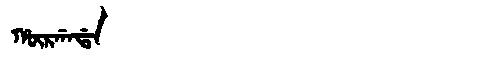
Manchu: ᡥᡡᡵᡤᠠᡩᠠ
Romanization: HŪRGADA